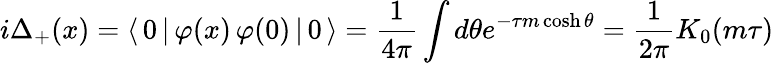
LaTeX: i\Delta_{+}(x)=\langle\, 0\, |\, \varphi(x)\, \varphi(0)\, |\, 0\, \rangle=\frac{1}{4\pi}\int d\theta e^{-\tau m\cosh\theta}=\frac{1}{2\pi}K_{0}(m\tau)